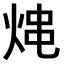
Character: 𤉈